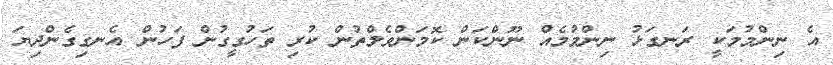
އެ ނިންމުމަކީ ރަނގަޅު ނިންމުމެއް ނޫންކަން ކޮމަންވެލްތުން ކުރި ތަހުގީގުން ފަހުން އެނގިގެންދިޔަ